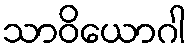
သာဝိယောဂါ